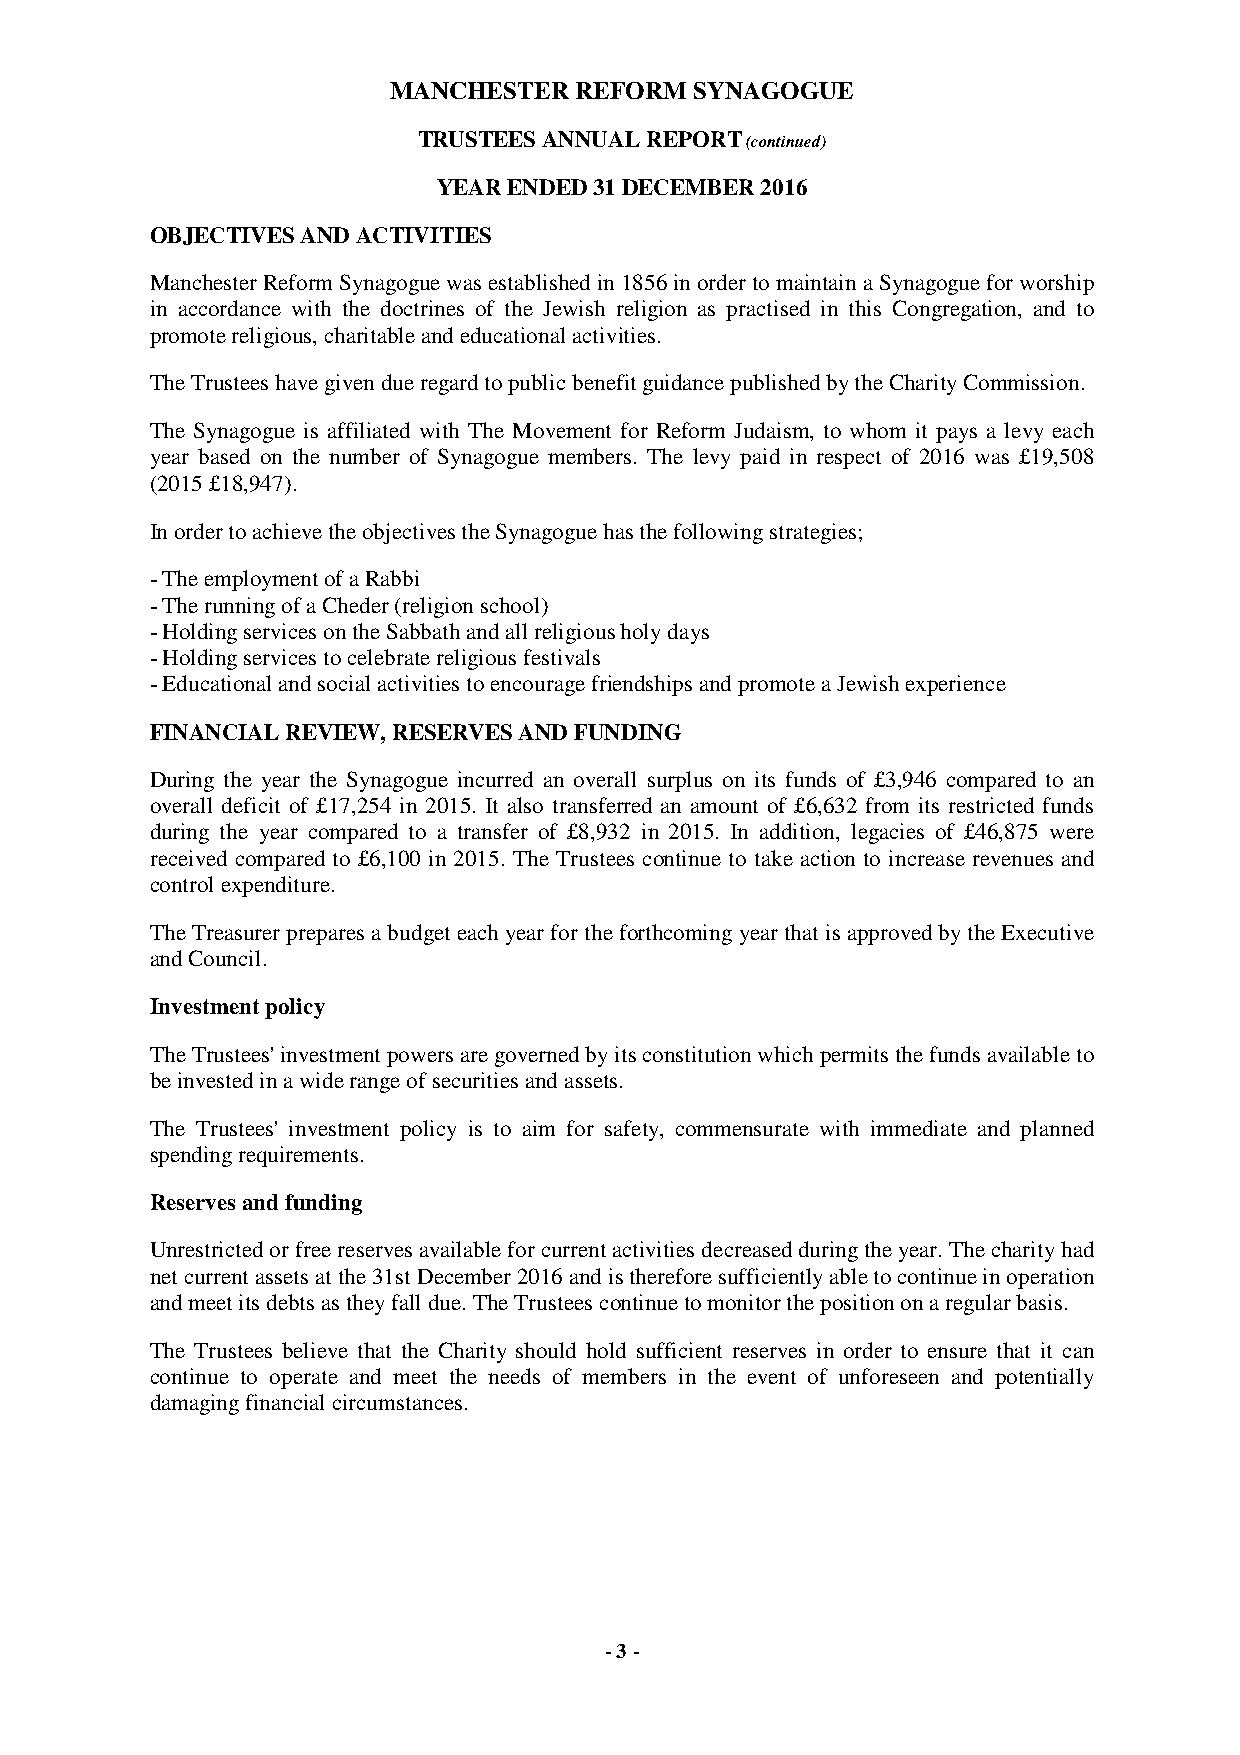
MANCHESTER  REFORM  SYNAGOGUE
 TRUSTEES ANNUAL REPORT (continued)
 YEAR ENDED 31 DECEMBER 2016
 OBJECTIVES AND ACTIVITIES
 Manchester Reform Synagogue was established in 1856 in order to maintain a Synagogue for worship
 in accordance with the doctrines of the Jewish religion as practised in this Congregation, and to
 promote religious, charitable and educational activities.
 The Trustees have given due regard to public benefit guidance published by the Charity Commission.
 The Synagogue is affiliated with The Movement for Reform Judaism, to whom it pays a levy each
 year based on the number of Synagogue members. The levy paid in respect of 2016 was £19,508
 (2015 £18,947).
 In order to achieve the objectives the Synagogue has the following strategies;
 - The employment of a Rabbi
 - The running of a Cheder (religion school)
 - Holding services on the Sabbath and all religious holy days
 - Holding services to celebrate religious festivals
 - Educational and social activities to encourage friendships and promote a Jewish experience
 FINANCIAL REVIEW, RESERVES AND FUNDING
 During the year the Synagogue incurred an overall surplus on its funds of £3,946 compared to an
 overall deficit of £17,254 in 2015. It also transferred an amount of £6,632 from its restricted funds
 during the year compared to a transfer of £8,932 in 2015. In addition, legacies of £46,875 were
 received compared to £6,100 in 2015. The Trustees continue to take action to increase revenues and
 control expenditure.
 The Treasurer prepares a budget each year for the forthcoming year that is approved by the Executive
 and Council.
 Investment policy
 The Trustees' investment powers are governed by its constitution which permits the funds available to
 be invested in a wide range of securities and assets.
 The Trustees' investment policy is to aim for safety, commensurate with immediate and planned
 spending requirements.
 Reserves and funding
 Unrestricted or free reserves available for current activities decreased during the year. The charity had
 net current assets at the 31st December 2016 and is therefore sufficiently able to continue in operation
 and meet its debts as they fall due. The Trustees continue to monitor the position on a regular basis.
 The Trustees believe that the Charity should hold sufficient reserves in order to ensure that it can
 continue to operate and meet the needs of members in the event of unforeseen and potentially
 damaging financial circumstances.
 - 3 -